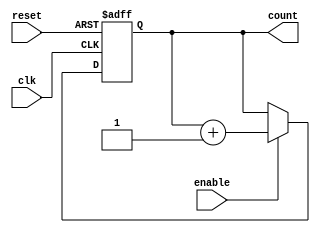
module up_counter_moore (
    input wire clk,        // Clock signal
    input wire reset,      // Asynchronous reset
    input wire enable,     // Enable signal
    output reg [2:0] count // 3-bit output count
);

// State transition logic
always @(posedge clk or posedge reset) begin
    if (reset) begin
        count <= 3'b000; // Reset to 0
    end else if (enable) begin
        count <= count + 1; // Increment count
    end
end

endmodule